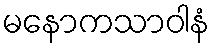
မနောကသာဝါနံ